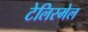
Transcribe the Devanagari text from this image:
टेलिस्मेल